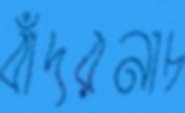
বাঁদরনাচ